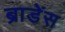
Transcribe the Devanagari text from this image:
ब्राडेंस